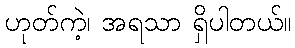
ဟုတ်ကဲ့၊ အရသာ ရှိပါတယ်။